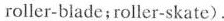
roller-blade;roller-skate).